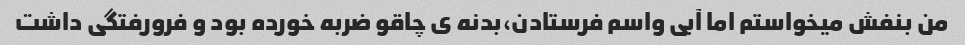
من بنفش میخواستم اما آبی واسم فرستادن،بدنه ی چاقو ضربه خورده بود و فرورفتگی داشت